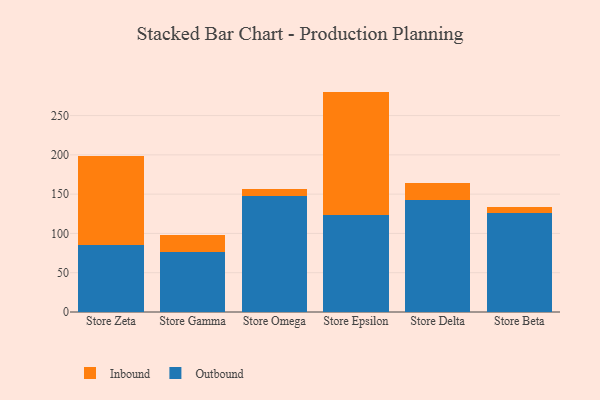
{"axis": {"x": "Store", "y": "Gross Profit (USD K)"}, "legend": ["Inbound", "Outbound"], "data": [{"x": "Store Zeta", "y": 85.5, "type": "Outbound"}, {"x": "Store Zeta", "y": 113.6, "type": "Inbound"}, {"x": "Store Gamma", "y": 76.6, "type": "Outbound"}, {"x": "Store Gamma", "y": 22.0, "type": "Inbound"}, {"x": "Store Omega", "y": 147.6, "type": "Outbound"}, {"x": "Store Omega", "y": 9.2, "type": "Inbound"}, {"x": "Store Epsilon", "y": 124.0, "type": "Outbound"}, {"x": "Store Epsilon", "y": 156.5, "type": "Inbound"}, {"x": "Store Delta", "y": 143.0, "type": "Outbound"}, {"x": "Store Delta", "y": 21.6, "type": "Inbound"}, {"x": "Store Beta", "y": 126.3, "type": "Outbound"}, {"x": "Store Beta", "y": 7.9, "type": "Inbound"}]}